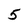
Character: 5